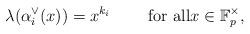
LaTeX: \begin{align*}\lambda(\alpha_i^{\vee}(x))=x^{k_i}\quad\quad\mbox{ for all}x\in{\mathbb F}_p^{\times},\end{align*}